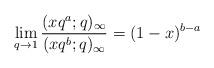
LaTeX: \begin{gather*}\lim_{q\rightarrow 1}{\frac{(xq^a; q)_{\infty}}{(xq^b; q)_{\infty}}} = (1 - x)^{b-a}\end{gather*}